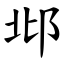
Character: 邶